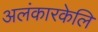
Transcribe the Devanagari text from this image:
अलंकारकेलि